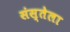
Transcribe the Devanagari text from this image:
संस्तेला